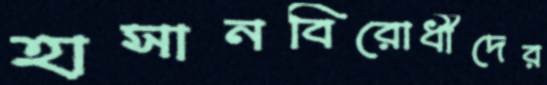
হাসানবিরোধীদের